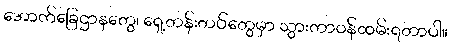
အောက်ခြေဌာနတွေ၊ ရှေ့တန်းတပ်တွေမှာ သွားတာဝန်ထမ်းရတာပါ။